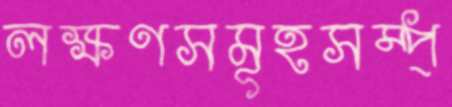
লক্ষণসমূহসম্প্